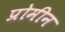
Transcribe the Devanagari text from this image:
प्रोमीन